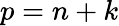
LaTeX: p=n+k